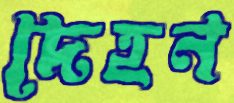
দেহন